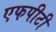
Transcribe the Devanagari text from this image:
एफपीटी